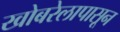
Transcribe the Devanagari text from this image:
खोबरेलापासून